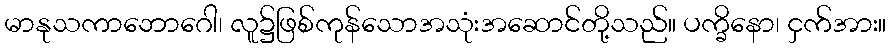
မာနုသကာဘောဂေါ၊ လူ၌ဖြစ်ကုန်သောအသုံးအဆောင်တို့သည်။ ပက္ခိနော၊ ငှက်အား။